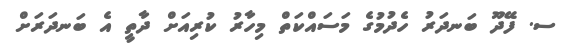
ސ. ފޭދޫ ބަނދަރު ހެދުމުގެ މަސައްކަތް މިހާރު ކުރިއަށް ދާތީ އެ ބަނދަރަށް